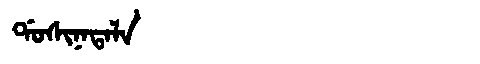
Manchu: ᡩᠣᠰᡳᠨᠠᡨᠠᠯᠠ
Romanization: DOSINATALA